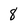
Character: 8